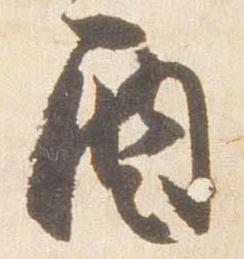
酉